Leaving Certificate Examination (including Day School Certificate (Higher) General paper), 1927
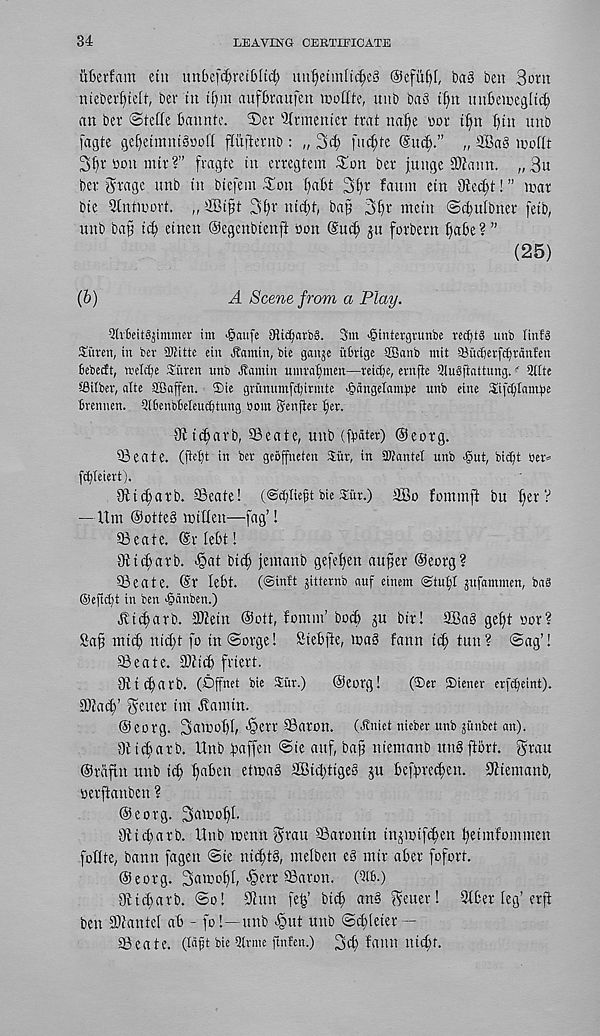
34
LEAVING CERTIFICATE
iifcevfam etn unbefdjreifcM) mtf)etm(i(^e§ ©efu^f, ba§ ben 3otn
nteberfjtelf, ber tn tfjut aufkaufett rooffte, mtb baS
mtbemegltct)
an ber ©tcKe bannte. 2)er 'Krmenter trat nat)e nor tfyn Ijtn mtb
fagte gef)etmnt§ooft flufternD : „ 3tf finite (Sud).” „ Sag tooflt
3^r non nur?” fragte in erregtem Son ber junge attaint. „3n
ber grage unb in biefem ^on f)«bt 3f)r fanm ein Oted;t! ” mar
bie ainftnort. „ ttBi^t 3i)r nidjt, bajj 3t)r mein ©t^ulbner feib,
unb ba§ ic^ einen ©egenbienji non
jit forbern ^abe? ”
(25)
(b)
A Scene from a Play.
bivbeitgjtmmer im •§aufe 8Rttf)arb§. 3m •gintergrunbe redjts unb linfS
Suren, in ber JDfitte ein Jtamin, bie ganje itbrige SBanb mit tBuctierfcijranEen
bebedt, trelcbe Suren unb Jbitmin umrabmen—reietje, ernfie QluSfiattung. ^ 5ilte
fflitber, alte SBaffen. Die griinumfebirmte >§angelflmne unb etne Sifcbtambe
brennen. Qlbenbbeleucijtung bmn genfier ber.
Olit^arb, ©eate, unb (ftmter) ©eorg.
©eate. (pebt in ber geoffneten Siir, in STOantel unb >gut ; biebt ber*
febieiert).
Olt^arb. ©eate! (@(blie{jtbieSur.) So fommft bu C)er?
— Um ©otteg milieu—fag’!
©eate. ©r lebt!
9lt(^arb. >§at bttb jetnanb gefeben auger ©eorg?
©eate. ©r lebt. (@inlt Jitternb nuf einem ©tub! jufanunen, ba8
@eftc()t in ben <§dnben.)
Jlicbarb. 3ttein ©ott, fomm’ bocb ju bir! Sag gel)t nor?
Sag tniib nid)t fo in @orge! Siebfte, mag fann id; tun? @ag’!
©eate. ©fid) friert.
Ottcbarb. (Dfnet bie Siir.)
©eorg!
(Der Diener erfebeint).
Sttatb’ ftixm im Bautin.
©eorg. 3fl'U0l)[, ^err ©aron. (Jtnict nieber unb junbet an),
ittiebarb. Unb b»affen ©ie auf, bag niemanb ungftort. grau
©raftn unb icb gaben etmag Sid)ttgeg ju befyreeben. 9Ztemanb,
nerftanben ?
©eorg. 3^t>Dbt'
Oti ebarb. Unb menu yrau ©arontn in^mifd^en bUmfommen
follte, banu fagen ©ie ni^tg, melben eg mir after fofort.
©eorg. S^wobl, >§err ©aron. (516.)
Sttidjarb. ©o! 91 un fe^’ bicb ang Reiter! lifter leg’erg
ben San tel aft - fo!—unb <§ut unb ©ddeier —
©eate. (Idfst bie blrme ftnfen.) 3d) fami nid)f.